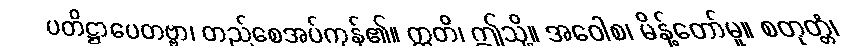
ပတိဋ္ဌာပေတဗ္ဗာ၊ တည်စေအပ်ကုန်၏။ ဣတိ၊ ဤသို့။ အဝေါစ၊ မိန့်တော်မူ။ စတုတ္တံ၊